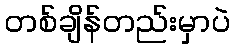
တစ်ချိန်တည်းမှာပဲ